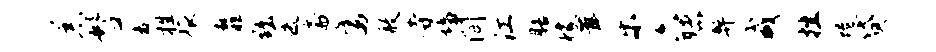
恙髫舍牲旅靡黜迭斋鹰赦寺墙间江膳檬茸乐六赌弊咸挫蜷贷